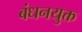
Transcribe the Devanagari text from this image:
बंधनयुक्त